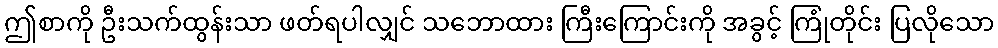
ဤစာကို ဦးသက်ထွန်းသာ ဖတ်ရပါလျှင် သဘောထား ကြီးကြောင်းကို အခွင့် ကြုံတိုင်း ပြလိုသော